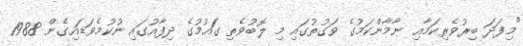
"މިފަދަ ބިރުވެރިކަމާއި ނާމާންކަމުގެ ވަގުތުގައި މި ލޮބުވެތި ގައުމުގެ ދިފާއުގައި ނުކުމެވަޑައިގެން 1988